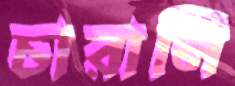
চারালি